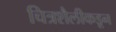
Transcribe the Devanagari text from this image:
चित्रशैलीकडून